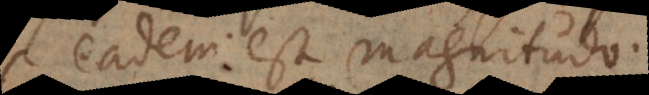
eadem est magnitudo.